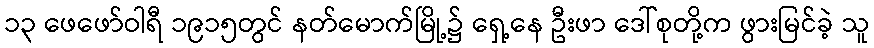
၁၃ ဖေဖော်ဝါရီ ၁၉၁၅တွင် နတ်မောက်မြို့၌ ရှေ့နေ ဦးဖာ ဒေါ်စုတို့က ဖွားမြင်ခဲ့ သူ